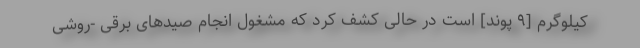
کیلوگرم [۹ پوند] است در حالی کشف کرد که مشغول انجام صید‌های برقی -روشی